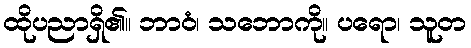
ထိုပညာရှိ၏။ ဘာဝံ၊ သဘောကို။ ပရော၊ သူတ